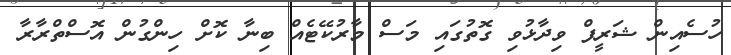
ހުސެއިން ޝަރީފް ވިދާޅުވި ގޮތުގައި މަސް މާރުކޭޓެއް ބިނާ ކޮށް ހިންގުން އޮސްތްރާރާ